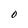
Character: O